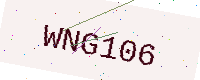
Text: WNG106